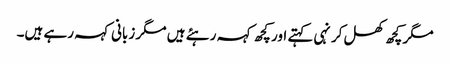
مگر کچھ کھل کر نہی کہتے اور کچھ کہہ رہئے ہیں مگر زبانی کہہ رہے ہیں۔